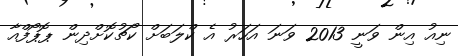
ނިއު އިން ވަނީ 2013 ވަނަ އަހަރު އެ ކްލަބަށް ކޯޗުކޮށްދިން ޕޮޕޯފްއާ